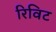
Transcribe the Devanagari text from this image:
रिविट